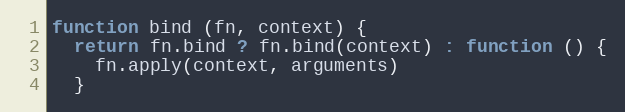
Language: JavaScript
function bind (fn, context) {
  return fn.bind ? fn.bind(context) : function () {
    fn.apply(context, arguments)
  }